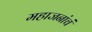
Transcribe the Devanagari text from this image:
महाजनांचं